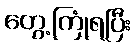
တွေ့ကြုံရပြီး